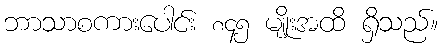
ဘာသာစကားပေါင်း ၈၄၅ မျိုးအထိ ရှိသည်။